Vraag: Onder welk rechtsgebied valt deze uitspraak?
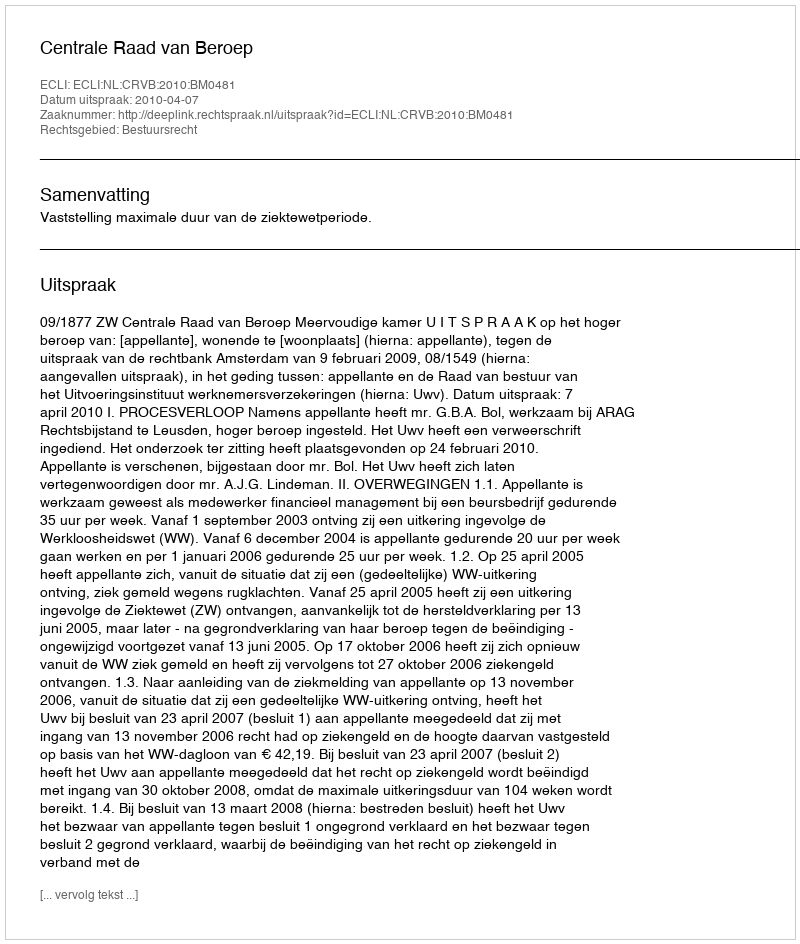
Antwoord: Bestuursrecht